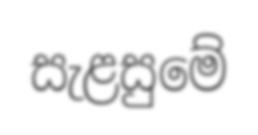
සැළසුමේ